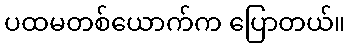
ပထမတစ်ယောက်က ပြောတယ်။